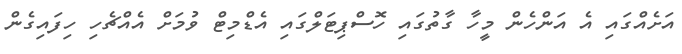
އަށެއްގައި އެ އަންހެން މީހާ ގާތުގައި ހޮސްޕިޓަލްގައި އެޑްމިޓް ވުމަށް އެއްޗެހި ހިފައިގެން